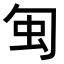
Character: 𠣜